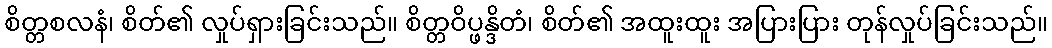
စိတ္တစလနံ၊ စိတ်၏ လှုပ်ရှားခြင်းသည်။ စိတ္တဝိပ္ဖန္ဒိတံ၊ စိတ်၏ အထူးထူး အပြားပြား တုန်လှုပ်ခြင်းသည်။